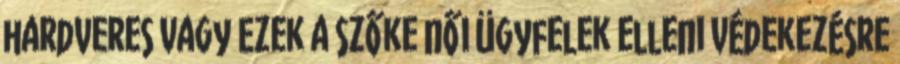
hardveres vagy Ezek a szőke női ügyfelek elleni védekezésre